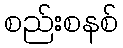
စည်းစနစ်